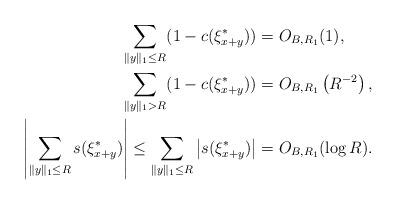
LaTeX: \begin{align*}\sum_{\|y\|_1 \leq R} (1 - c(\xi^*_{x+y})) &= O_{B,R_1}(1), \\ \sum_{\|y\|_1 > R} (1 - c(\xi^*_{x+y})) &= O_{B,R_1}\left( R^{-2} \right), \\ \left| \sum_{\|y\|_1 \leq R} s(\xi^*_{x+y}) \right| \leq \sum_{\|y\|_1 \leq R} \left| s(\xi^*_{x+y}) \right| &= O_{B,R_1}(\log R).\end{align*}